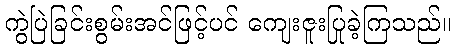
ကွဲပြဲခြင်းစွမ်းအင်ဖြင့်ပင် ကျေးဇူးပြုခဲ့ကြသည်။